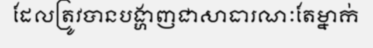
ដែលត្រូវបានបង្ហាញជាសាធារណៈតែម្នាក់